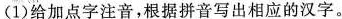
(1)给加点字注音，根据拼音写出相应的汉字。